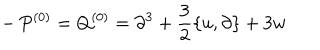
- \, P ^ { ( 0 ) } = Q ^ { ( 0 ) } = \partial ^ { 3 } + \frac { 3 } { 2 } \{ u , \partial \} + 3 w